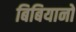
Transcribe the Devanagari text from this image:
बिबियानो